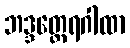
ဘဒ္ဒတ္ထေရဂါထာ